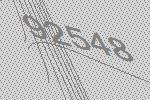
92548